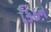
કિઠન